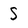
Character: s